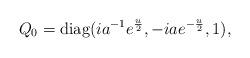
LaTeX: \begin{align*}Q_0=\mathrm{diag}(i a^{-1} e^{\frac{u}{2}}, -i a e^{-\frac{u}{2}},1),\end{align*}